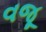
વજૂ